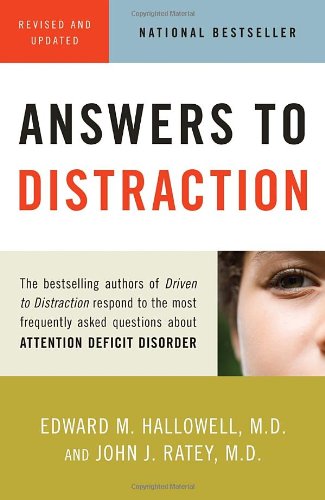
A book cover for Answers to Distraction; Edward M. Hallowell M.D.; Parenting & Relationships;